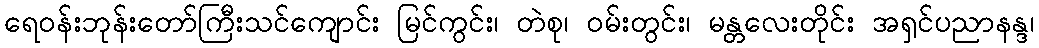
ရေဝန်းဘုန်းတော်ကြီးသင်ကျောင်း မြင်ကွင်း၊ တဲစု၊ ဝမ်းတွင်း၊ မန္တလေးတိုင်း အရှင်ပညာနန္ဒ၊